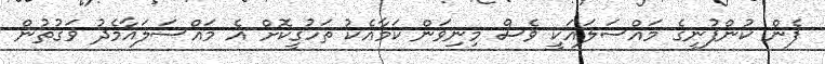
ފެން ކުންފުނީގެ މައްސަލައަކީ ވެސް މިނިވަން ކަމާއެކު ތަހުގީކޮށް އެ މައްސަލައާމެދު ވަގުތުން